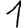
Digit: 1